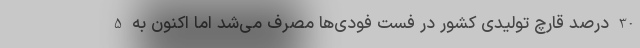
30 درصد قارچ تولیدی کشور در فست فودی‌ها مصرف می‌شد اما اکنون به 5